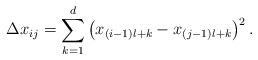
LaTeX: \begin{gather*}\Delta x_{ij} = \sum\limits_{k=1}^d \left(x_{(i-1)l+k} - x_{(j-1)l+k}\right) ^ 2.\end{gather*}